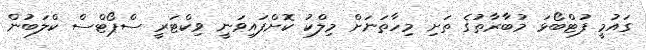
ގައުމީ ފުޓްބޯޅަ މުބާރާތުގެ ތަށި މިހާތަނަށް މިލްކު ކޮށްފައިވަނީ ވިކްޓަރީ ސްޕޯޓްސް ކްލަބުން